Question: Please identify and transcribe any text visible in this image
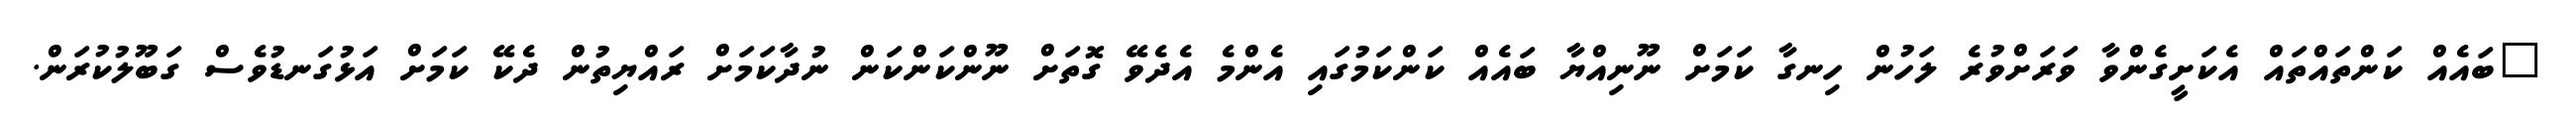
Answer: "ބައެއް ކަންތައްތައް އެކަށީގެންވާ ވަރަށްވުރެ ލަހުން ހިނގާ ކަމަށް ނޫނިއްޔާ ބައެއް ކަންކަމުގައި އެންމެ އެދެވޭ ގޮތަށް ނޫންކަންކަން ނުދާކަމަށް ރައްޔިތުން ދެކޭ ކަމަށް އަޅުގަނޑުވެސް ގަބޫލުކުރަން.